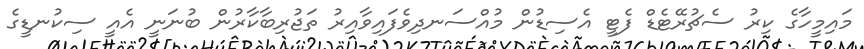
މައިމީހާގެ ކިރު ސެޗުރޭޓެޑް ފެޓީ އެސިޑުން މުއްސަނދިވެފައިވާއިރު ތަޖުރިބާކާރުން ބުނަނީ އެއީ ސިކުނޑީގެ